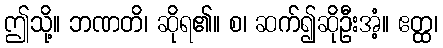
ဤသို့။ ဘဏတိ၊ ဆိုရ၏။ စ၊ ဆက်၍ဆိုဦးအံ့။ ဧတ္ထ၊